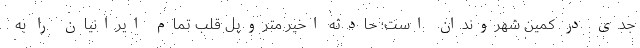
جدی در کمین شهروندان است؛ حادثه اخیر متروپل قلب تمام ایرانیان را به